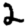
Digit: 2